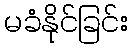
မခံနိုင်ခြင်း